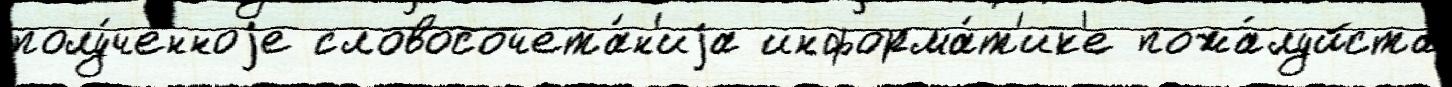
полу́ченноjе словосочета́н'иjа информа́т'ик'е пожа́луйста